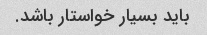
باید بسیار خواستار باشد.